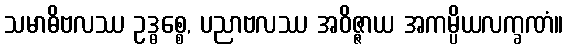
သမာဓိဗလဿ ဥဒ္ဓစ္စေ, ပညာဗလဿ အဝိဇ္ဇာယ အကမ္ပိယလက္ခဏံ။